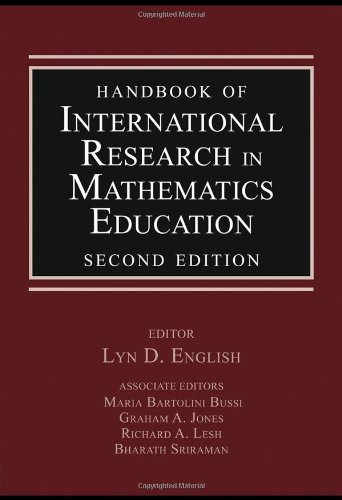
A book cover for Handbook of International Research in Mathematics Education; Science & Math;